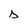
Character: s